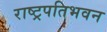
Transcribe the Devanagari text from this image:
राष्ट्रपतिभवन